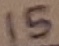
Text: 15